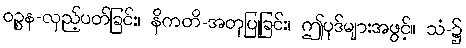
ဝဉ္စန-လှည့်ပတ်ခြင်း၊ နိကတိ-အတုပြုခြင်း၊ ဤပုဒ်များအဖွင့်။ သံ-၌